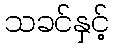
သခင်နှင့်